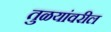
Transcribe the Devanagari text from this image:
तुळयांवरील